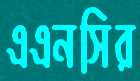
এএনসির